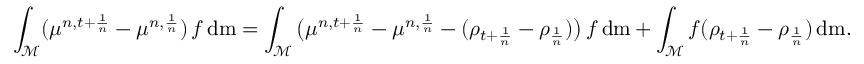
\int _ { \mathcal { M } } ( \mu ^ { n , t + \frac { 1 } { n } } - \mu ^ { n , \frac { 1 } { n } } ) \, f \, \mathrm { d } \mathrm { m } = \int _ { \mathcal { M } } \big ( \mu ^ { n , t + \frac { 1 } { n } } - \mu ^ { n , \frac { 1 } { n } } - ( \rho _ { t + \frac { 1 } { n } } - \rho _ { \frac { 1 } { n } } ) \big ) \, f \, \mathrm { d } \mathrm { m } + \int _ { \mathcal { M } } f ( \rho _ { t + \frac { 1 } { n } } - \rho _ { \frac { 1 } { n } } ) \, \mathrm { d } \mathrm { m } .